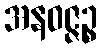
အနဝဇ္ဇဉ္စ